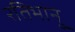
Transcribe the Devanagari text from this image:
रतिभानु